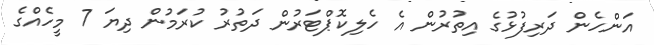
އަންހެން ދަރިފުޅުގެ އިތުރުން އެ ހެލިކޮޕްޓަރުން ދަތުރު ކުރަމުން ދިޔަ 7 މީހެއްގެ